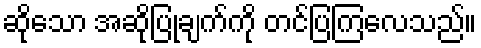
ဆိုသော အဆိုပြုချက်ကို တင်ပြကြလေသည်။